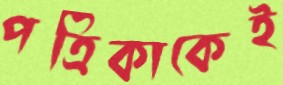
পত্রিকাকেই